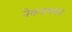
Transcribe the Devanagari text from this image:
नेकनामाबाद